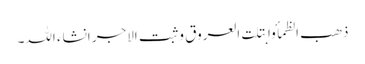
ذھب الظمأ وابتلت العروق وثبت الاجر انشاء اللہ۔